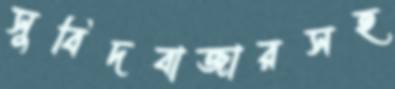
সুবিদবাজারসহ